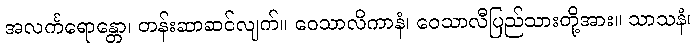
အလင်္ကရောန္တော၊ တန်းဆာဆင်လျက်။ ဝေသာလိကာနံ၊ ဝေသာလီပြည်သားတို့အား။ သာသနံ၊